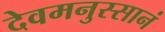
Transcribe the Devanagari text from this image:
देवमनुस्सानं